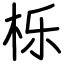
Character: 栎